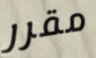
مقرر